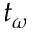
t _ { \omega }